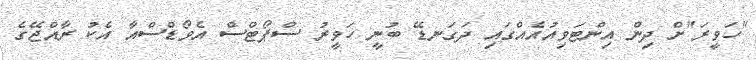
"ހަވީރަ"ށް ދިން އިންޓަވިއުއެއްގައި ދަގަނޑޭ ބުނީ ހަވީރު ސްޕޯޓްސް އެވޯޑްސްއާ އެކު ރާއްޖޭގެ